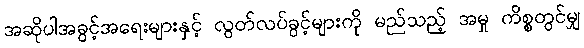
အဆိုပါအခွင့်အရေးများနှင့် လွတ်လပ်ခွင့်များကို မည်သည့် အမှု ကိစ္စတွင်မျှ